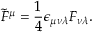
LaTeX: \tilde { F } ^ { \mu } = { \frac { 1 } { 4 } } \epsilon _ { \mu \nu \lambda } F _ { \nu \lambda } .